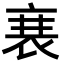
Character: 𮕱